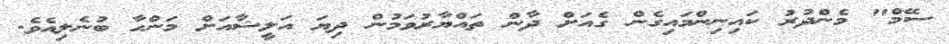
ސޭމް" މެންދުރު ކައިނިންމައިގެން ގެއަށް ދާން ތައްޔާރުވަމުން ދިޔަ އަލީޝާއަށް މަންހާ ބުނެލިއެވެ.